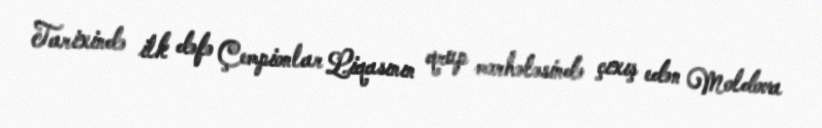
Tarixində ilk dəfə Çempionlar Liqasının qrup mərhələsində çıxış edən Moldova